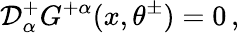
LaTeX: {\cal D}_{\alpha}^{+}G^{+\alpha}(x,\theta^{\pm})=0\, ,